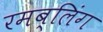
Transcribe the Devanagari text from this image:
रमब्लिंग